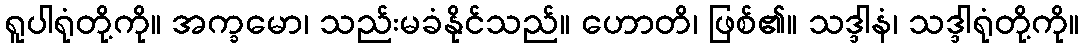
ရူပါရုံတို့ကို။ အက္ခမော၊ သည်းမခံနိုင်သည်။ ဟောတိ၊ ဖြစ်၏။ သဒ္ဒါနံ၊ သဒ္ဒါရုံတို့ကို။